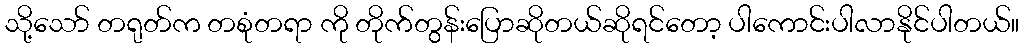
သို့သော် တရုတ်က တစုံတရာ ကို တိုက်တွန်းပြောဆိုတယ်ဆိုရင်တော့ ပါကောင်းပါလာနိုင်ပါတယ်။